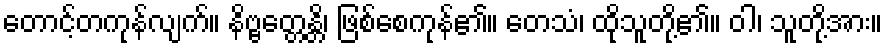
တောင့်တကုန်လျက်။ နိဗ္ဗတ္တေန္တိ၊ ဖြစ်စေကုန်၏။ တေသံ၊ ထိုသူတို့၏။ ဝါ၊ သူတို့အား။